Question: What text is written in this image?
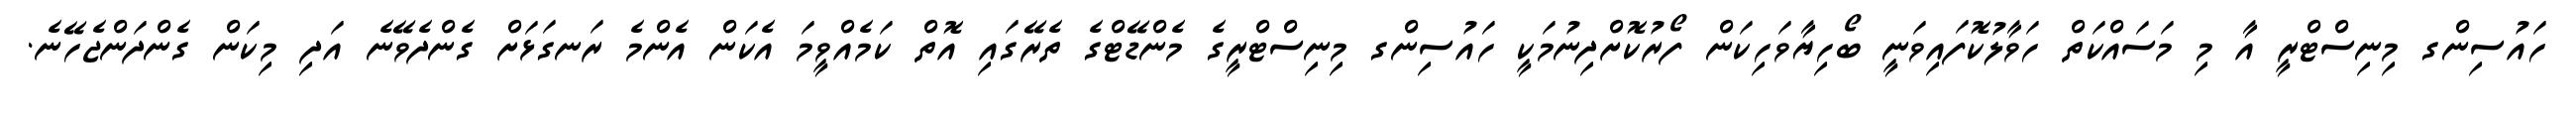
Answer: ހައުސިންގ މިނިސްޓްރީ އާ މި މަސައްކަތް ހަވާލުކޮފައިވަނީ ބޯހިޔާވަހިކަން ފޯރުކޮށްދިނުމަކީ ހައުސިންގ މިނިސްޓްރީގެ މެންޑޭޓްގެ ތެރޭގައި އޮތް ކަމެއްވީމަ އެކަން އެންމެ ރަނގަޅަށް ގެންދެވޭނެ އަދި މިކަން ގެންދަންޖެހޭނެ.